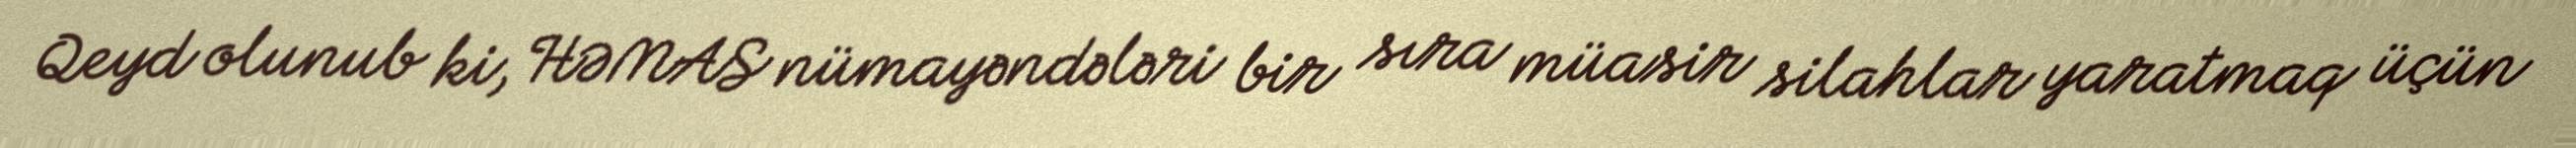
Qeyd olunub ki, HƏMAS nümayəndələri bir sıra müasir silahlar yaratmaq üçün